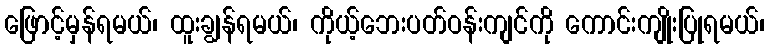
ဖြောင့်မှန်ရမယ်၊ ထူးချွန်ရမယ်၊ ကိုယ့်ဘေးပတ်ဝန်းကျင်ကို ကောင်းကျိုးပြုရမယ်၊